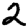
Digit: 2